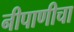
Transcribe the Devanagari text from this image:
नीपाणीचा